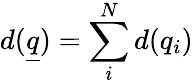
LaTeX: d(\underline{{q}})=\sum_{i}^{N}d(q_{i})